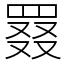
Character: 罬